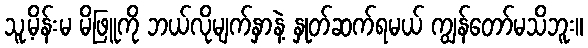
သူ့မိန်းမ မိဖြူကို ဘယ်လိုမျက်နှာနဲ့ နှုတ်ဆက်ရမယ် ကျွန်တော်မသိဘူး။